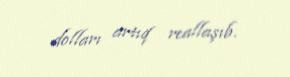
dolları artıq reallaşıb.